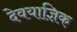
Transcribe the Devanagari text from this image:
देवयाज्ञिक